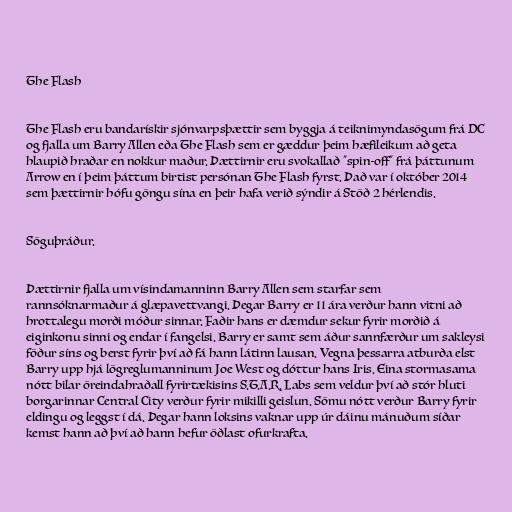
The Flash

The Flash eru bandarískir sjónvarpsþættir sem byggja á teiknimyndasögum frá DC
og fjalla um Barry Allen eða The Flash sem er gæddur þeim hæfileikum að geta
hlaupið hraðar en nokkur maður. Þættirnir eru svokallað "spin-off" frá þáttunum
Arrow en í þeim þáttum birtist persónan The Flash fyrst. Það var í október 2014
sem þættirnir hófu göngu sína en þeir hafa verið sýndir á Stöð 2 hérlendis.

Söguþráður.

Þættirnir fjalla um vísindamanninn Barry Allen sem starfar sem
rannsóknarmaður á glæpavettvangi. Þegar Barry er 11 ára verður hann vitni að
hrottalegu morði móður sinnar. Faðir hans er dæmdur sekur fyrir morðið á
eiginkonu sinni og endar í fangelsi. Barry er samt sem áður sannfærður um sakleysi
föður síns og berst fyrir því að fá hann látinn lausan. Vegna þessarra atburða elst
Barry upp hjá lögreglumanninum Joe West og dóttur hans Iris. Eina stormasama
nótt bilar öreindahraðall fyrirtækisins S.T.A.R. Labs sem veldur því að stór hluti
borgarinnar Central City verður fyrir mikilli geislun. Sömu nótt verður Barry fyrir
eldingu og leggst í dá. Þegar hann loksins vaknar upp úr dáinu mánuðum síðar
kemst hann að því að hann hefur öðlast ofurkrafta.